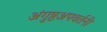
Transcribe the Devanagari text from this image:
अंगुष्ठअपवर्तनी